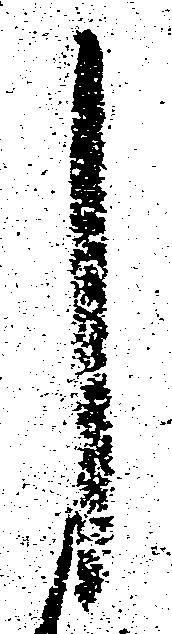
し